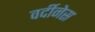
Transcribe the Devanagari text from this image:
वर्दीनेस